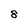
Character: 8